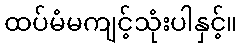
ထပ်မံမကျင့်သုံးပါနှင့်။